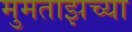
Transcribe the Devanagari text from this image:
मुमताझच्या